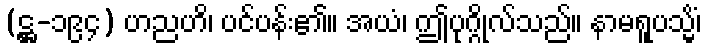
(ဋ္ဌ-၁၉၄) ဟညဟိ၊ ပင်ပန်း၏။ အယံ၊ ဤပုဂ္ဂိုလ်သည်။ နာမရူပသ္မိံ၊